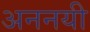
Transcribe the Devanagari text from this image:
अननयी